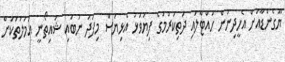
ޔޫގެންޑާއަށް އެހީދިނުން ހުއްޓާލައި ދަތިކުރުމުގެ ފިޔަވަޅު އެޅިޔަސް މިފަދަ ނުބައި ޝައިތޯނީ އަމަލުތަކަށް